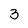
Character: 3